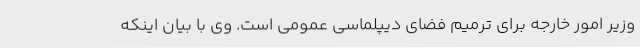
وزیر امور خارجه برای ترمیم فضای دیپلماسی عمومی است. وی با بیان اینکه